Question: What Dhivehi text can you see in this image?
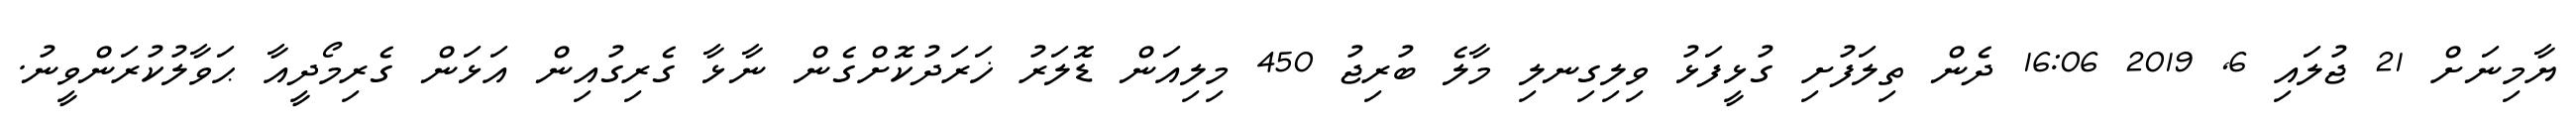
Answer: ޔާމިނަށް 21 ޖުލައި 6, 2019 16:06 ދެން ތިލަފުށި ގުޅީފަޅު ވިލިގިނލި މާލެ ބުރިޖު 450 މިލިއަން ޑޮލަރު ޚަރަދުކޮށްގެން ނާޅާ ގެރިގުއިން އަޅަން ގެރިމޯދީއާ ޙަވާލުކުރަންވީނު.